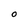
Character: O